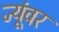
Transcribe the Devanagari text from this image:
ज्यूंवर